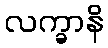
လက္ခာနိ